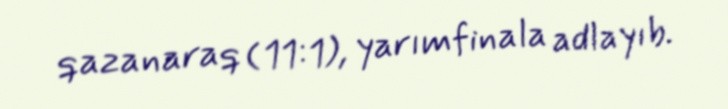
qazanaraq (11:1), yarımfinala adlayıb.